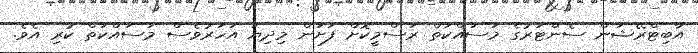
އާބިޓްރޭޝަން ސެންޓަރުގެ މަސައްކަތް ރަސްމީކޮށް ފަށަން މިދިޔަ އަހަރުވެސް މަސައްކަތް ކުރި އެވެ.